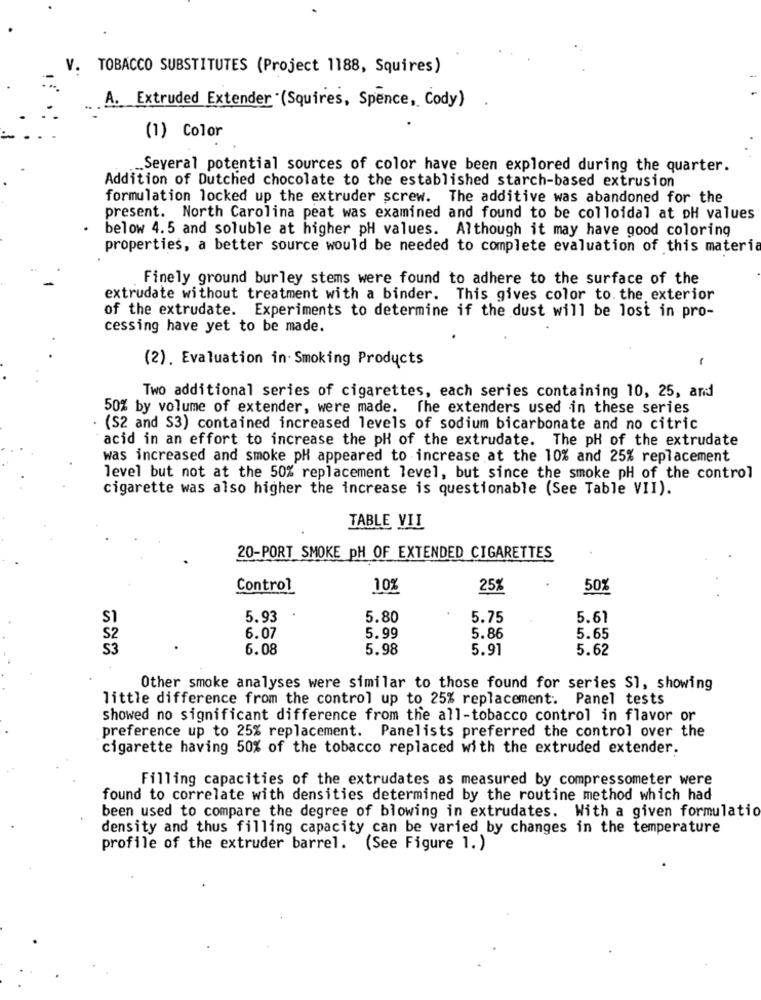
V.
TOBACCO SUBSTITUTES (Project 1188, Squires)
A. Extruded Extender (Squires, Spence, Cody)
(1) Color
„Several potential sources of color have been explored during the quarter.
Addition of Dutched chocolate to the established starch-based extrusion
formulation locked up the extruder screw. The additive was abandoned for the
present. North Carolina peat was examined and found to be colloidal at pH values
below 4.5 and soluble at higher pH values. Although it may have good coloring
properties, a better source would be needed to complete evaluation of this materia
Finely ground burley stems were found to adhere to the surface of the
extrudate without treatment with a binder. This gives color to. the exterior
of the extrudate. Experiments to determine if the dust will be lost in pro-
cessing have yet to be made.
(2). Evaluation in Smoking Products
-
Two additional series of cigarettes, each series containing 10, 25, and
50% by volume of extender, were made. The extenders used in these series
(S2 and S3) contained increased levels of sodium bicarbonate and no citric
acid in an effort to increase the pH of the extrudate. The pH of the extrudate
was increased and smoke pH appeared to increase at the 10% and 25% replacement
level but not at the 50% replacement level, but since the smoke pH of the control
cigarette was also higher the increase is questionable (See Table VII).
TABLE VIJ
20-PORT SMOKE PH OF EXTENDED CIGARETTES
Control
10%
25%
501
S1
5.93
5.80
5.75
5.61
S2
6.07
5.99
5.86
5.65
S3
6.08
5.98
5.91
5.62
Other smoke analyses were similar to those found for series S1, showing
little difference from the control up to 25% replacement. Panel tests
showed no significant difference from the all-tobacco control in flavor or
preference up to 25% replacement. Panelists preferred the control over the
cigarette having 50% of the tobacco replaced with the extruded extender.
Filling capacities of the extrudates as measured by compressometer were
found to correlate with densities determined by the routine method which had
been used to compare the degree of blowing in extrudates. With a given formulatio
density and thus filling capacity can be varied by changes in the temperature
profile of the extruder barrel. (See Figure 1.)